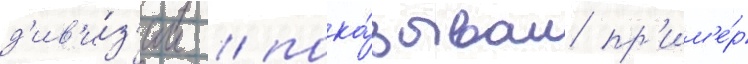
д'ив'и́з'ии / пока́зывал пр'им'е́р